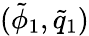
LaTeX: (\tilde{\phi}_{1},\tilde{q}_{1})